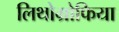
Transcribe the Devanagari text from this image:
लिथोग्रोफिया